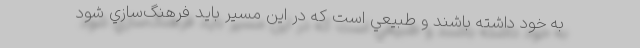
به خود داشته باشند و طبيعي است كه در اين مسير بايد فرهنگ‌سازي شود